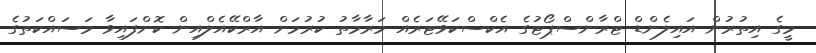
މީގެ އިތުރުން އައިލެންޑް ޓްރާންސްޕޯޓުގެ އެކްސްކަވޭޓަރެއް މަރާމާތު ކުރުމަށް އާރްކޭއެލްއިން ކޮށްފައިވާ މަސައްކަތުގެ